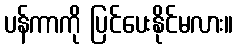
ပန်ကာကို ပြင်ပေးနိုင်မလား။